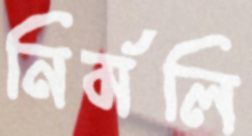
নির্মলি